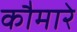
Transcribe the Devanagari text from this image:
कौमारे